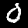
Digit: 0